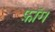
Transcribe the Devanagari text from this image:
फ़ॉग